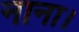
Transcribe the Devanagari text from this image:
नाना।